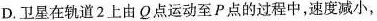
D.卫星在轨道2上由Q点运动至P点的过程中，速度减小，